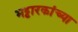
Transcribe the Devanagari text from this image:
भट्टारकांच्या